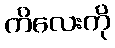
ကိလေးကို